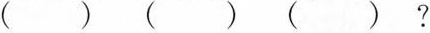
( ) ( ) ( ) ?